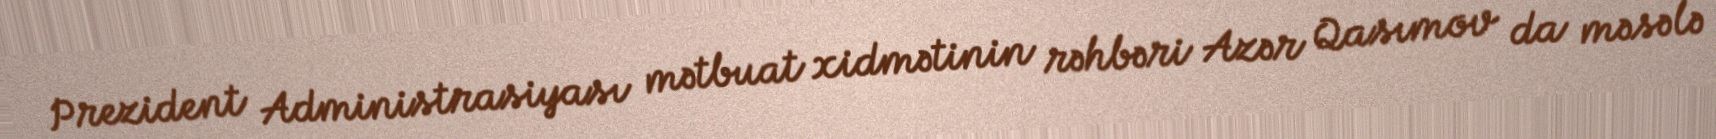
Prezident Administrasiyası mətbuat xidmətinin rəhbəri Azər Qasımov da məsələ